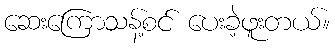
ဆေးကြောသန့်စင် ပေးခဲ့ဖူးတယ်။